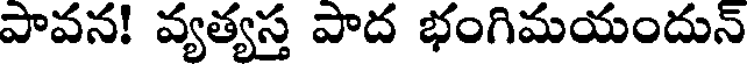
పావన! వ్యత్యస్త పాద భంగిమయందున్